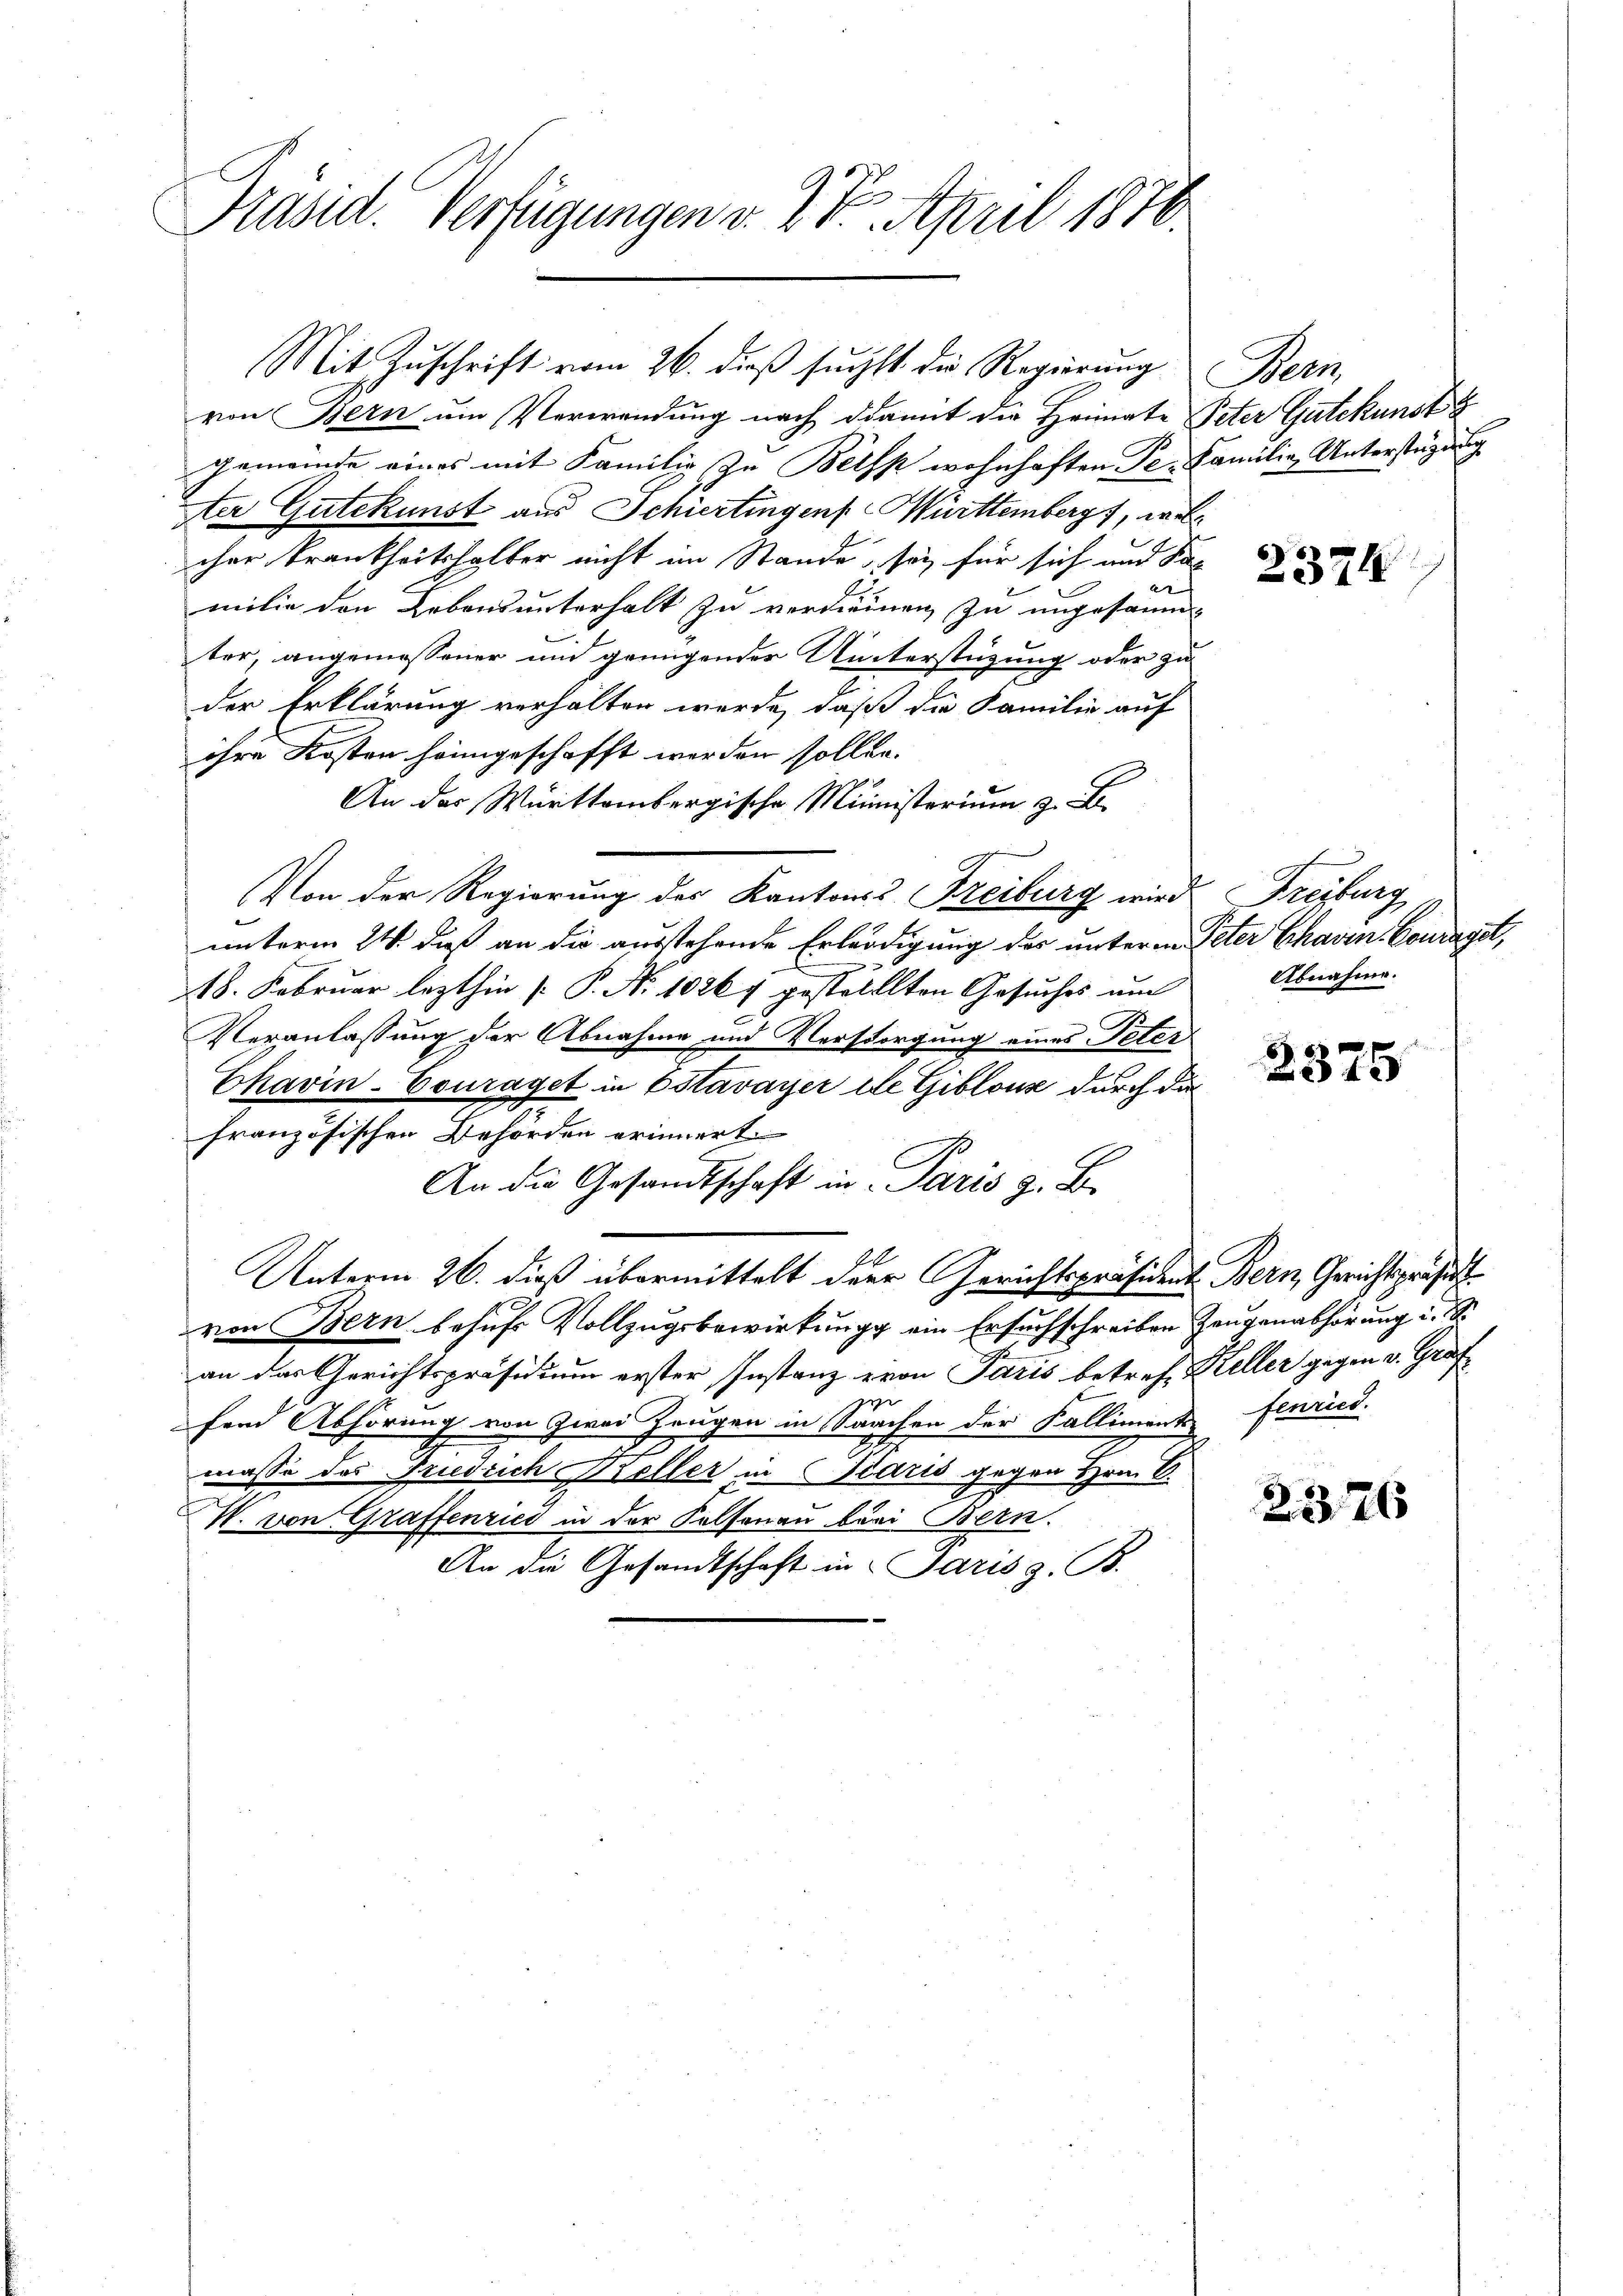
Präsid. Verfügungen v. 2. 7. April 1816.

d

von Bern um Verwendung nach damit die Heimate Peter Gutekunst s
Gemeinde eines mit Familie zu Belfs wohnhaften Pe. Familie, Unterstüzung
ter Gutekunst aus Schiertingen Württemberg, welc
cher Krankheitshalter nicht im Stande, sey für sich und damilie den Lebensunterhalt zu verdienen zu ungesamm
ter, angemessener und genügender Unterstüzung oder zu
der Erklärung verhalten werde, daß die Familie auf
ihre Kosten heimgeschafft werden sollen.
An der Württembergische Ministerium z.
Von der Regierung des Kantons Freiburg wird

unterm 24. daß an die ausstehende Erländigung der unterm Peter Chaven-Couraget,
18. Februar lezthin [P. Nr. 10267 gestelllten Gesuches um
Veranlassung der Abnahme und Versorgung eines Peter
Chavin-Couraget in Estavayer ele Giblouz durch da
französischen Behörden erinnert.
An die Gesandtschaft in Paris z. B.
h
Unterm 26. dieß übermittelt der Gerichtspräsident Bern, Gerichtspräsid
von Bern behufs Vollzugsbewirkung ein Ersuchschreiben Zeugenabhörung u. S.
an das Gerichtspräsidium erster Instanz von Paris betreff Keller gegen v. Graf
z
fend Abhörung von Zwei Zeugen in Sarchen der Kalliment fleried.
2
s
masse das Friedrich Beller in Fiaris gegen Hrn. C.
V. von Graffenried in der Kolsenau beri Bern.
An die Gesandtschaft in Paris z. B.

Mit Zŭschrift vom 26. dieβ sŭcht die Regierŭng Bern,

6)
2324

Freiburg
Abnahme.

2375

2326